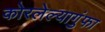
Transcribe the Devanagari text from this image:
कोरलेल्यागुंफा